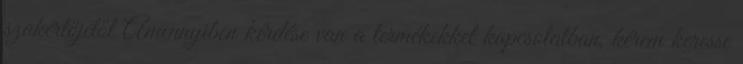
szakértőjétől Amennyiben kérdése van a termékekkel kapcsolatban, kérem keresse